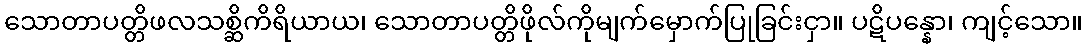
သောတာပတ္တိဖလသစ္ဆိကိရိယာယ၊ သောတာပတ္တိဖိုလ်ကိုမျက်မှောက်ပြုခြင်းငှာ။ ပဋိပန္နော၊ ကျင့်သော။